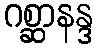
ဂစ္ဆာနန္ဒ